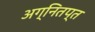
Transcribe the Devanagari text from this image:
अग्नितप्त